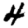
Digit: 4